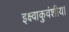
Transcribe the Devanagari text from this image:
इक्ष्वाकुवंशीय।